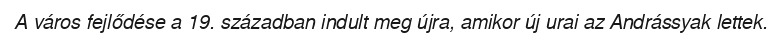
A város fejlődése a 19. században indult meg újra, amikor új urai az Andrássyak lettek.